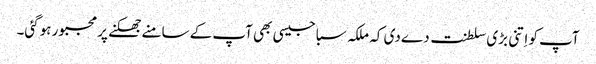
آپ کو اِتنی بڑی سلطنت دے دی کہ ملکہ سبا جیسی بھی آپ کے سامنے جھکنے پر مجبور ہوگئی۔